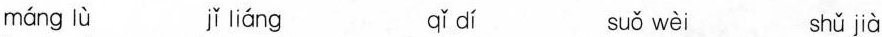
máng lù jǐ liáng qǐ dí suǒ wèi shǔ jià